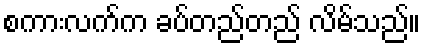
စကားလက်က ခပ်တည်တည် လိမ်သည်။